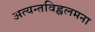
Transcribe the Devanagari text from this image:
अत्यन्तविह्वलमना